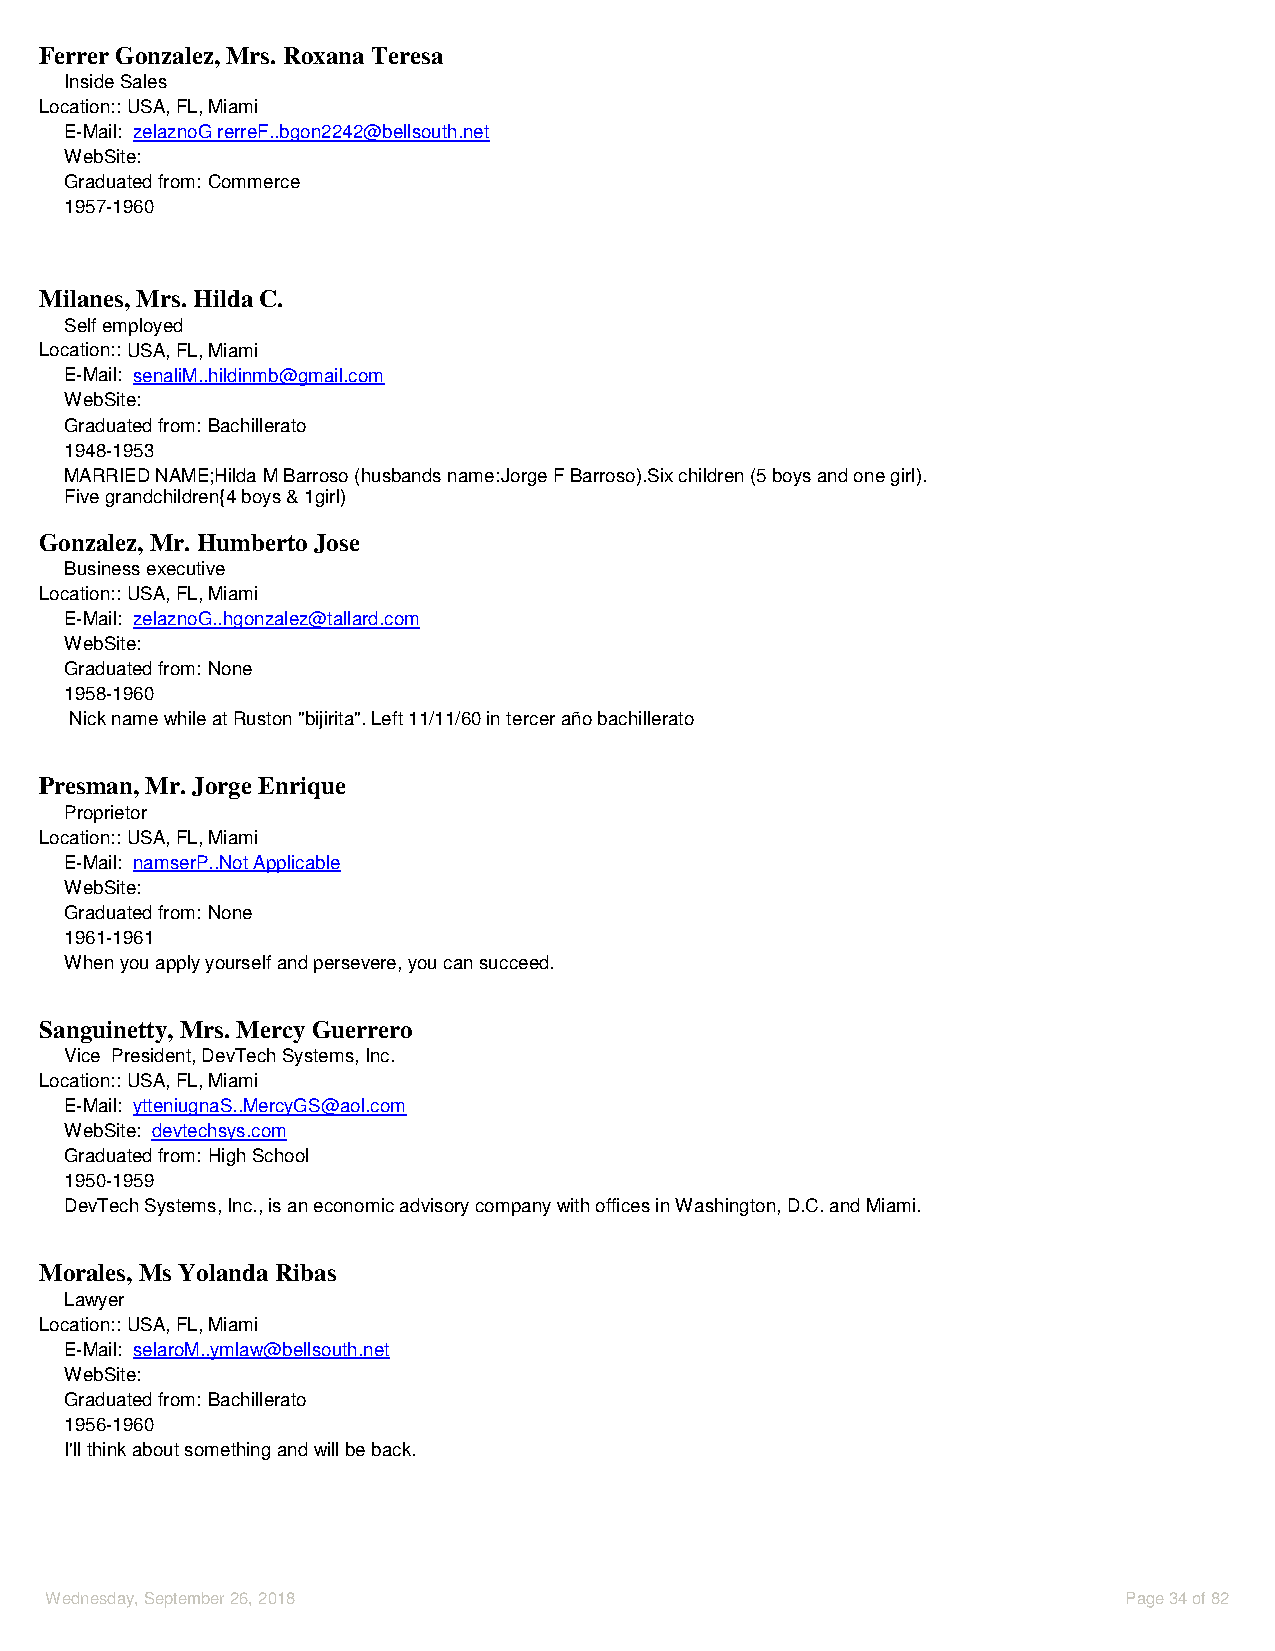
Ferrer Gonzalez, Mrs. Roxana Teresa
 Inside Sales
 Location::USA, FL, Miami
 E-Mail: zelaznoG rerreF..bgon2242@bellsouth.net
 WebSite:
 Graduated from: Commerce
 1957-1960
 Milanes, Mrs. Hilda C.
 Self employed
 Location::USA, FL, Miami
 E-Mail: senaliM..hildinmb@gmail.com
 WebSite:
 Graduated from: Bachillerato
 1948-1953
 MARRIED NAME;Hilda M Barroso (husbands name:Jorge F Barroso).Six children (5 boys and one girl).
 Five grandchildren{4 boys & 1girl)
 Gonzalez, Mr. Humberto Jose
 Business executive
 Location::USA, FL, Miami
 E-Mail: zelaznoG..hgonzalez@tallard.com
 WebSite:
 Graduated from: None
 1958-1960
 Nick name while at Ruston "bijirita". Left 11/11/60 in tercer año bachillerato
 Presman, Mr. Jorge Enrique
 Proprietor
 Location::USA, FL, Miami
 E-Mail: namserP..Not Applicable
 WebSite:
 Graduated from: None
 1961-1961
 When you apply yourself and persevere, you can succeed.
 Sanguinetty, Mrs. Mercy Guerrero
 Vice President, DevTech Systems, Inc.
 Location::USA, FL, Miami
 E-Mail: ytteniugnaS..MercyGS@aol.com
 WebSite: devtechsys.com
 Graduated from: High School
 1950-1959
 DevTech Systems, Inc., is an economic advisory company with offices in Washington, D.C. and Miami.
 Morales, Ms Yolanda Ribas
 Lawyer
 Location::USA, FL, Miami
 E-Mail: selaroM..ymlaw@bellsouth.net
 WebSite:
 Graduated from: Bachillerato
 1956-1960
 I'll think about something and will be back.
 Wednesday, September 26, 2018                                           Page 34 of 82